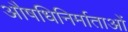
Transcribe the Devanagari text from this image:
औषधिनिर्माताओं